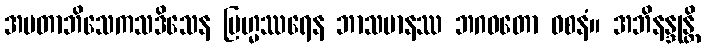
အမတာဘိသေကသဒိသေန ဗြဟ္မဿရေန ဘာသမာနဿ ဘဂဝတော ဝစနံ။ အဘိနန္ဒုန္တိ